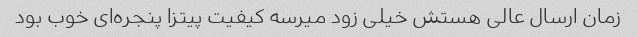
زمان ارسال عالی هستش خیلی زود میرسه کیفیت پیتزا پنجره‌ای خوب بود